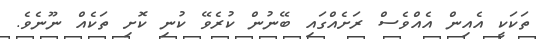
ތަކަކީ އެއިން އެއްވެސް ރަށެއްގައި ބޭނުން ކުރެވޭ ކުނި ކޮށި ތަކެއް ނޫނެވެ.